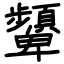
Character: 顰